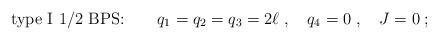
LaTeX: \begin{align*}\mbox{type I 1/2 BPS:} \qquad q_1=q_2=q_3 = 2\ell\;, \quad q_4=0\;, \quad J=0\;;\end{align*}